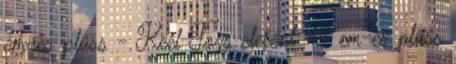
cm-es plüss - Keel Toys elefánt 45 cm-es plüss